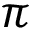
\pi